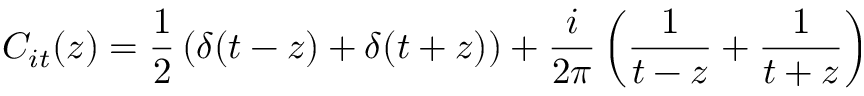
C _ { i t } ( z ) = \frac { 1 } { 2 } \left( \delta ( t - z ) + \delta ( t + z ) \right) + \frac { i } { 2 \pi } \left( \frac { 1 } { t - z } + \frac { 1 } { t + z } \right)